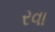
રવા